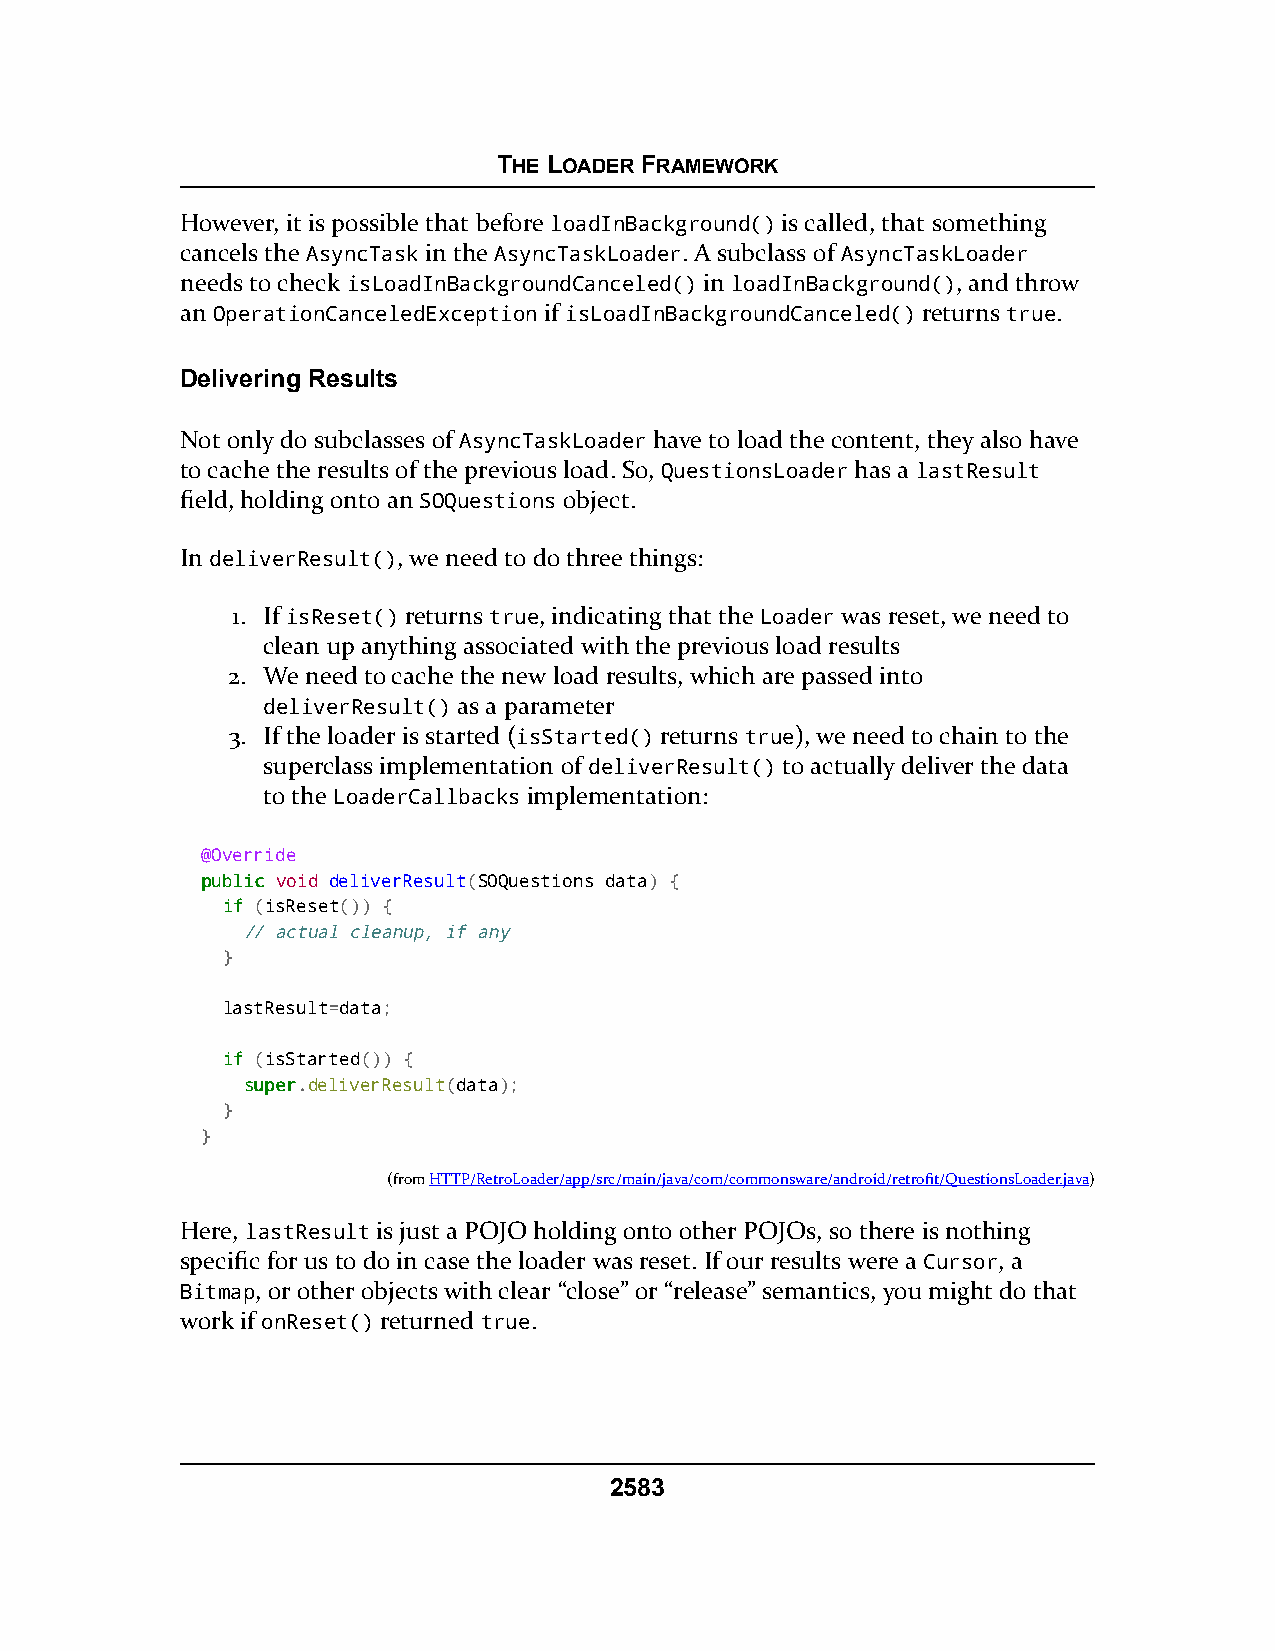
THE LOADER FRAMEWORK
 However, it is possible that before loadInBackground() is called, that something
 cancels the AsyncTask in the AsyncTaskLoader. A subclass of AsyncTaskLoader
 needs to check isLoadInBackgroundCanceled() in loadInBackground(), and throw
 an OperationCanceledException if isLoadInBackgroundCanceled() returns true.
 Delivering Results
 Not only do subclasses of AsyncTaskLoader have to load the content, they also have
 to cache the results of the previous load. So, QuestionsLoader has a lastResult
 field, holding onto an SOQuestions object.
 In deliverResult(), we need to do three things:
 1. If isReset() returns true, indicating that the Loader was reset, we need to
 clean up anything associated with the previous load results
 2. We need to cache the new load results, which are passed into
 deliverResult() as a parameter
 3. If the loader is started (isStarted() returns true), we need to chain to the
 superclass implementation of deliverResult() to actually deliver the data
 to the LoaderCallbacks implementation:
 @Override
 ppuubblliicc void deliverResult(SOQuestions data) {
 iiff (isReset()) {
 // actual cleanup, if any
 }
 lastResult=data;
 iiff (isStarted()) {
 ssuuppeerr.deliverResult(data);
 }
 }
 (fromHTTP/RetroLoader/app/src/main/java/com/commonsware/android/retrofit/QuestionsLoader.java)
 Here, lastResult is just a POJO holding onto other POJOs, so there is nothing
 specific for us to do in case the loader was reset. If our results were a Cursor, a
 Bitmap, or other objects with clear “close” or “release” semantics, you might do that
 work if onReset() returned true.
 2583